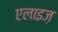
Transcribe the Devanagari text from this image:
एलाइज़